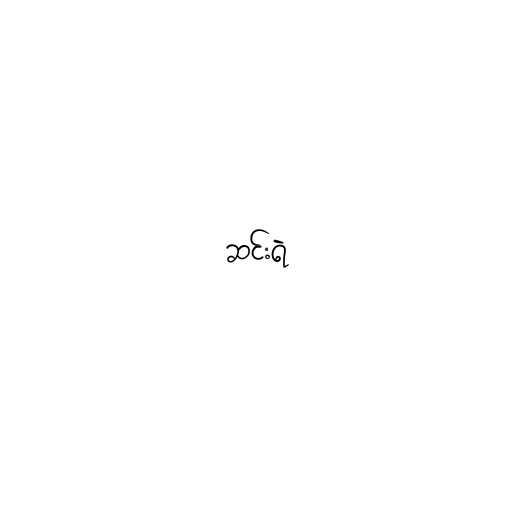
ဆင်းရဲ